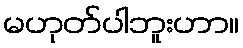
မဟုတ်ပါဘူးဟာ။